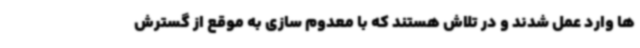
ها وارد عمل شدند و در تلاش هستند که با معدوم سازی به موقع از گسترش